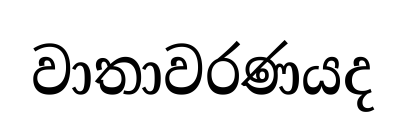
වාතාවරණයද